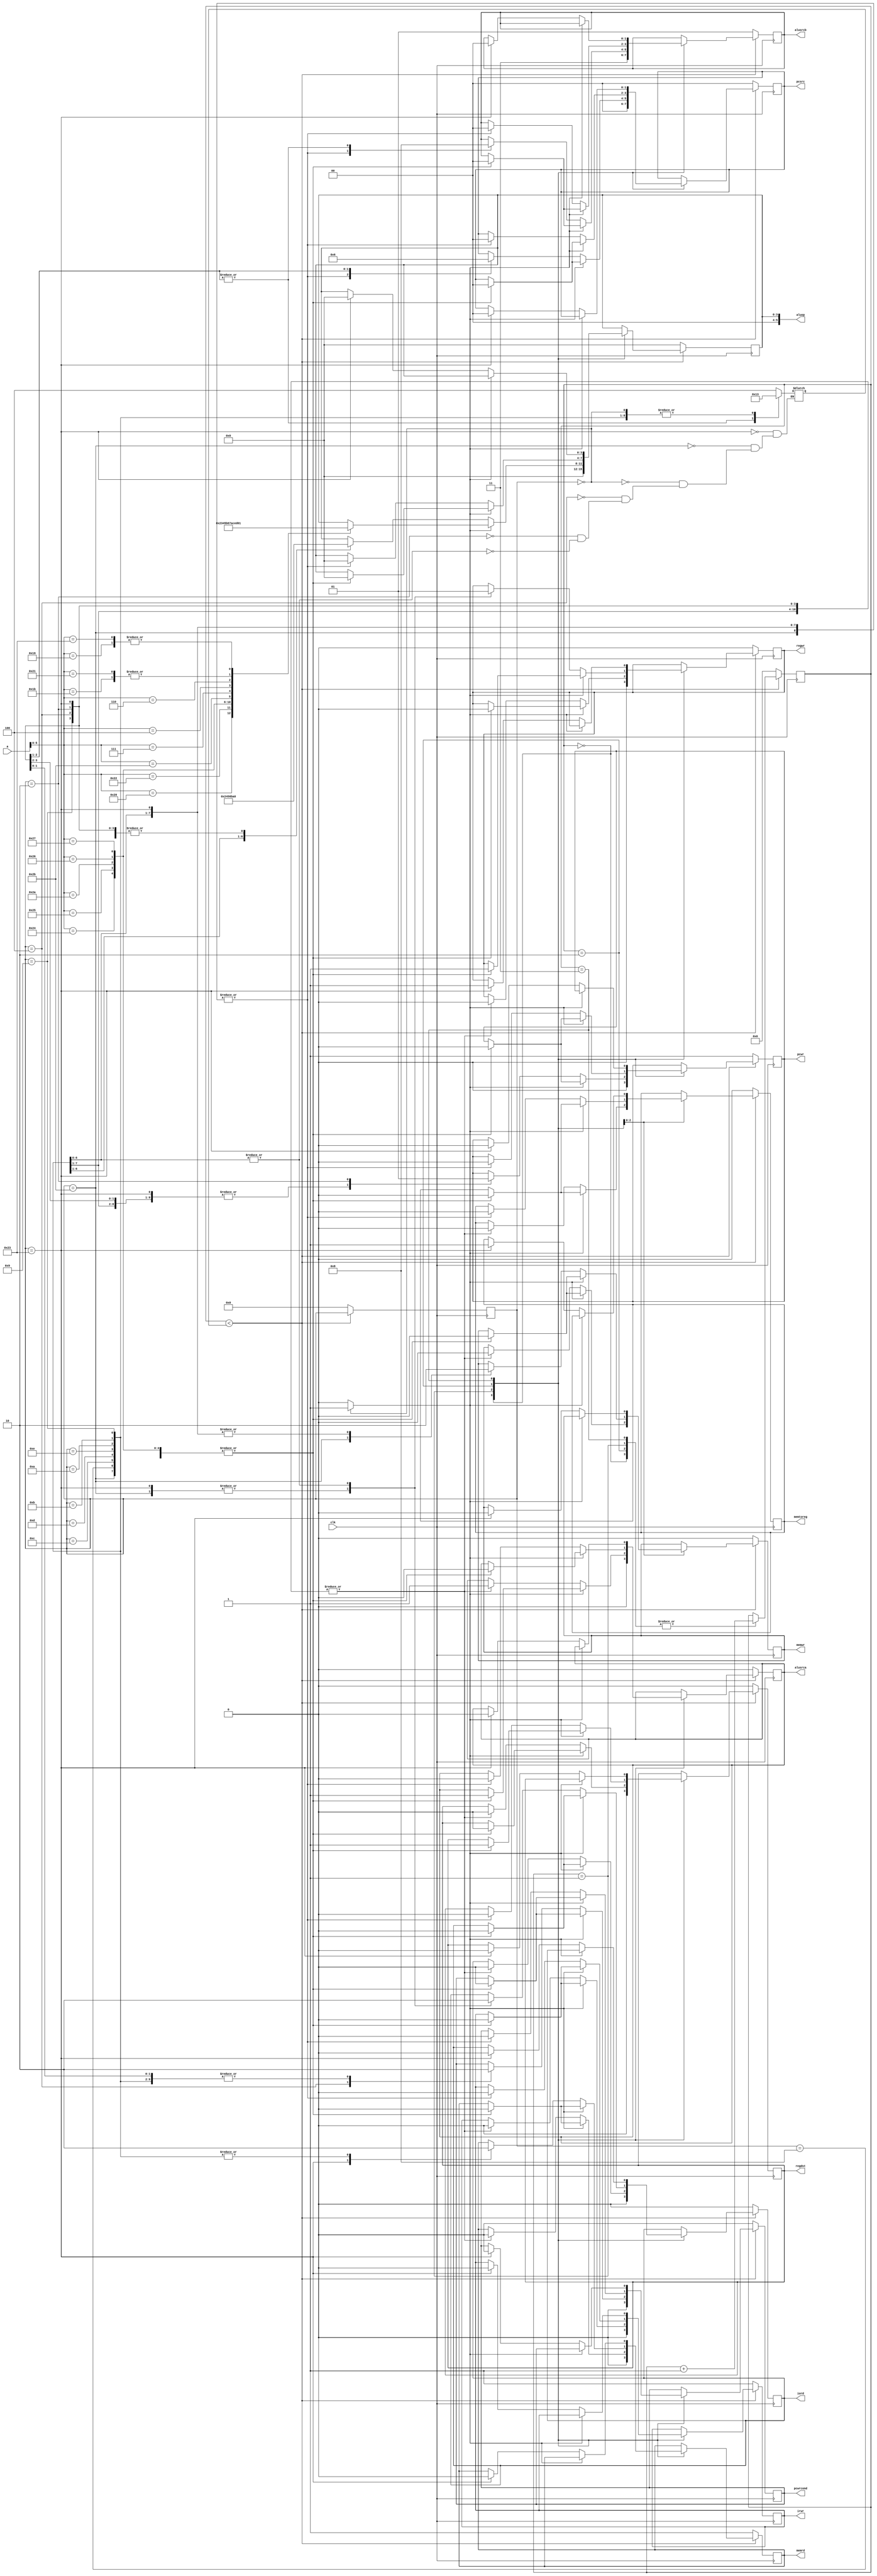
module clk_cu(input [31:0]a,input clk, output iord,output irwr,output pcwr,output pcwrcond,output regdst,output regwr,output alusrca,output[1:0]pcsrc,output [5:0]aluop,
              output [1:0]alusrcb,output memtoreg,output memrd,output memwr);

 parameter   //SPECIAL OP LIST   5-0
                ADDU    =   6'b100001,
                SUBU    =   6'b100011,
                ADD     =   6'b100000,
                SUB     =   6'b100010,
                AND     =   6'b100100,
                OR      =   6'b100101,
                XOR     =   6'b100110,
                NOR     =   6'b100111,
                SLT     =   6'b101010,
                SLTU    =   6'b101011,
                SRL     =   6'b000010,
                SRA     =   6'b000011,
                SLL     =   6'b000000,
                SLLV    =   6'b000100,
                SRLV    =   6'b000110,
                SRAV    =   6'b000111,
                JR      =   6'b001000,
                JALR    =   6'b001001,
                MULT    =    6'b011000,
                MULTU   =   6'b011001,
                DIV     =   6'b011010,
                DIVU    =   6'b011011,
                MFHI    =   6'b010000,
                MFLO    =   6'b010010,
                MTHI    =   6'b010001,
                MTLO    =   6'b010011,
                BREAK   =   6'b001101,
                SYSCALL =   6'b001100,
                TEQ     =   6'b110100,
                //SPECIAL 2 func
                CLZ        =   6'b100000,
                MUL        =   6'b000010,
                //REGIMM OP LIST 20-16
                BLTZ    =   5'b00000,
                BGEZ    =   5'b00001,
                //COP0 OP LIST 
                ERET    =   6'b011000,  //5-0&&25TH=1
                MFC0    =   5'b00000,   //20-16
                MTC0    =   5'b00100,
                //OPCODE FIELD  31-26
                ADDI    =   6'b001000,
                ADDIU   =   6'b001001,
                ANDI    =   6'b001100,
                ORI     =   6'b001101,
                XORI    =   6'b001110,
                LW      =   6'b100011,
                SW      =   6'b101011,
                BEQ     =   6'b000100,
                BNE     =   6'b000101,
                BLEZ    =   6'b000110,
                BGTZ    =   6'b000111,
                SLTI    =   6'b001010,
                SLTIU   =   6'b001011,
                LUI     =   6'b001111,
                J       =   6'b000010,
                JAL     =   6'b000011,
                LB      =   6'b100000,//    Load Byte Function=6'h24    
                LBU     =   6'b100100,//    1Load Byte Unsigned 
                LH      =   6'b100001,//    Load high 
                LHU     =   6'b100101,//    Load High Unsigned
                SB      =   6'b101000,//    Send Byte
                SH      =   6'b101001,//    Send High
                
                SPECIAL =   6'b000000,
                SPECIAL2=    6'b011100,
                REGIMM  =   6'b000001,
                COP0    =   6'b010000; 
   //alu 
    parameter   _ADDU   =   4'b0000;    //r=a+b unsigned
    parameter   _ADD    =   4'b0010;    //r=a+b signed
    parameter   _SUBU   =   4'b0001;    //r=a-b unsigned
    parameter   _SUB    =   4'b0011;    //r=a-b signed
    parameter   _AND    =   4'b0100;    //r=a&b
    parameter   _OR     =   4'b0101;    //r=a|b
    parameter   _XOR    =   4'b0110;    //r=a^b
    parameter   _NOR    =   4'b0111;    //r=~(a|b)
    
    parameter   _LUI    =   4'b1000;    //r={b[15:0],16'b0}
    parameter   _SLT    =   4'b1011;    //r=(a-b<0)?1:0 signed
    parameter   _SLTU   =   4'b1010;    //r=(a-b<0)?1:0 unsigned
    parameter   _SRA    =   4'b1100;    //r=b>>>a 
    parameter   _SLL    =   4'b1110;    //r=b<<a
    parameter   _SRL    =   4'b1101;    //r=b>>a
    parameter   _DIVU   = 6'b010000;
    parameter   _MULTU   = 6'b010001;   
    parameter    _SYSCALL=   4'b1000,
                _BREAK    =   4'b1001,
                _TEQ    =   4'b1101;

reg c1,c2,c3,c4,c5,c6,c7,c11,c12,c13;
reg[1:0]c8;
reg[1:0]c10;
reg[3:0]c9;
reg [5:0]code,codesuan;
reg [31:0]i;
reg [31:0]aimcircle;
reg suanshu;
initial
begin
c1=0;c3=1;c2=1;c7=0;c10=1;c9=_ADDU;c8=0; code=0;c12=1;c13=0;//1th
i=0;
aimcircle=3;
end

always@(posedge clk)
begin

if(i<aimcircle)
begin
 case(i)
  0:
   begin
   //code[5:0]=a[31:26];
   //codesuan[5:0]=a[5:0];
   i=i+1;
   c7=0;c10=3;c9=_ADDU; c1=0;c2=0;c3=0;c4=0;c5=0;c6=0;c8=0;c12=0;
   end
  1:
   begin
   i=i+1;
   if (suanshu==0)
    case(code)
    LW:begin c7=1;c10=2;c9=_ADDU; c1=0;c2=0;c3=0;c4=0;c5=0;c6=0;c8=0;c11=0;c12=0;c13=0;end
    SW:begin c7=1;c10=2;c9=_ADDU; c1=0;c2=0;c3=0;c4=0;c5=0;c6=0;c8=0;c11=0;c12=0;c13=0;end


    ADDI:begin c7=1;c10=2;c9=_ADD; c1=0;c2=0;c3=0;c4=0;c5=0;c6=0;c8=0;c11=0;c12=0;c13=0;end
    ANDI:begin c7=1;c10=2;c9=_AND; c1=0;c2=0;c3=0;c4=0;c5=0;c6=0;c8=0;c11=0;c12=0;c13=0;end
    ORI:begin c7=1;c10=2;c9=_OR; c1=0;c2=0;c3=0;c4=0;c5=0;c6=0;c8=0;c11=0;c12=0;c13=0;end
    XORI:begin c7=1;c10=2;c9=_XOR; c1=0;c2=0;c3=0;c4=0;c5=0;c6=0;c8=0;c11=0;c12=0;c13=0;end
    SLTI:begin c7=1;c10=2;c9=_SLT; c1=0;c2=0;c3=0;c4=0;c5=0;c6=0;c8=0;c11=0;c12=0;c13=0;end
    SLTIU:begin c7=1;c10=2;c9=_SLTU; c1=0;c2=0;c3=0;c4=0;c5=0;c6=0;c8=0;c11=0;c12=0;c13=0;end
    ADDIU:begin c7=1;c10=2;c9=_ADDU; c1=0;c2=0;c3=0;c4=0;c5=0;c6=0;c8=0;c11=0;c12=0;c13=0;end
    BEQ:begin c7=1;c10=0;c9=_ADDU; c1=0;c2=0;c3=0;c4=1;c5=0;c6=0;c8=1;c11=0;c12=0;c13=0;end
    J:begin c7=1;c10=0;c9=_ADDU; c1=0;c2=0;c3=1;c4=0;c5=0;c6=0;c8=2;c11=0;c12=0;c13=0;end
    endcase
   else
    case(codesuan)
    ADD:begin c7=1;c10=0;c9=_ADD; c1=0;c2=0;c3=0;c4=0;c5=0;c6=0;c8=0;c11=0;c12=0;c13=0;end
    SUB:begin c7=1;c10=0;c9=_SUB; c1=0;c2=0;c3=0;c4=0;c5=0;c6=0;c8=0;c11=0;c12=0;c13=0;end
    ADDU:begin c7=1;c10=0;c9=_ADDU; c1=0;c2=0;c3=0;c4=0;c5=0;c6=0;c8=0;c11=0;c12=0;c13=0;end
    AND:begin c7=1;c10=0;c9=_AND; c1=0;c2=0;c3=0;c4=0;c5=0;c6=0;c8=0;c11=0;c12=0;c13=0;end
    OR:begin c7=1;c10=0;c9=_OR; c1=0;c2=0;c3=0;c4=0;c5=0;c6=0;c8=0;c11=0;c12=0;c13=0;end
    SLT:begin c7=1;c10=0;c9=_SLT; c1=0;c2=0;c3=0;c4=0;c5=0;c6=0;c8=0;c11=0;c12=0;c13=0;end
    XOR:begin c7=1;c10=0;c9=_XOR; c1=0;c2=0;c3=0;c4=0;c5=0;c6=0;c8=0;c11=0;c12=0;c13=0;end
    NOR:begin c7=1;c10=0;c9=_NOR; c1=0;c2=0;c3=0;c4=0;c5=0;c6=0;c8=0;c11=0;c12=0;c13=0;end
    SLTU:begin c7=1;c10=0;c9=_SLTU; c1=0;c2=0;c3=0;c4=0;c5=0;c6=0;c8=0;c11=0;c12=0;c13=0;end
    SRAV:begin c7=1;c10=0;c9=_SRA; c1=0;c2=0;c3=0;c4=0;c5=0;c6=0;c8=0;c11=0;c12=0;c13=0;end
    SLLV:begin c7=1;c10=0;c9=_SLL; c1=0;c2=0;c3=0;c4=0;c5=0;c6=0;c8=0;c11=0;c12=0;c13=0;end
    SRLV:begin c7=1;c10=0;c9=_SRL; c1=0;c2=0;c3=0;c4=0;c5=0;c6=0;c8=0;c11=0;c12=0;c13=0;end
    DIVU:begin c7=1;c10=0;c9=_DIVU; c1=0;c2=0;c3=0;c4=0;c5=0;c6=0;c8=0;c11=0;c12=0;c13=0;end
    MULTU:begin c7=1;c10=0;c9=_MULTU; c1=0;c2=0;c3=0;c4=0;c5=0;c6=0;c8=0;c11=0;c12=0;c13=0;end
    SUBU:begin c7=1;c10=0;c9=_SUBU; c1=0;c2=0;c3=0;c4=0;c5=0;c6=0;c8=0;c11=0;c12=0;c13=0;end
    endcase
   end
  2:
    begin
    i=i+1;
    if(suanshu==0)
    case(code)
      LW:begin  c1=1;c2=0;c3=0;c4=0;c5=0;c6=0;c7=0;c8=0;c9=_ADDU;c10=0;c11=0;c12=1;c13=0;end
      SW:begin  c1=1;c2=0;c3=0;c4=0;c5=0;c6=0;c7=0;c8=0;c9=_ADDU;c10=0;c11=0;c12=0;c13=1;end
    ADDIU,SLTIU, SLTI,XORI, ORI,ANDI,ADDI:begin  c1=0;c2=0;c3=0;c4=0;c5=0;c6=1;c7=0;c8=0;c9=_ADDU;c10=0;c11=0;c12=0;c13=0;end
    endcase
    else
    case(codesuan)
    SUBU,MULTU,DIVU,SRLV,SLLV,SRAV,SLTU,NOR,XOR,SLT,OR,AND,ADDU,SUB,ADD:begin  c1=0;c2=0;c3=0;c4=0;c5=1;c6=1;c7=0;c8=0;c9=_ADDU;c10=0;c11=0;c12=0;c13=0;end
    endcase
    end
  3:
    begin
    i=i+1;
    if (suanshu==0)
    case(code)
    LW:begin  c1=0;c2=0;c3=0;c4=0;c5=0;c6=1;c7=0;c8=0;c9=_ADDU;c10=0;c11=1;c12=0;c13=0;end
    endcase
    end
   
   
 endcase
end
else
begin
c1=0;c2=0;c3=0;c4=0;c5=0;c6=0;c7=0;c8=0;c9=0;c10=0;c11=0;c12=0;c13=0;
c1=0;c3=1;c2=1;c7=0;c10=1;c9=_ADDU;c8=0; code=0;c12=1;c13=0;//1th
i=0;

end
end


always@(a)
begin
suanshu=0;
code[5:0]=a[31:26];
codesuan[5:0]=a[5:0];
   if (code==0)
    begin
    suanshu=1;
    end

   case (code)
   LW:aimcircle=4;
   SW:aimcircle=3;
   0:aimcircle=3;
   BEQ:aimcircle=2;
   J:aimcircle=2;
   ADDI,ANDI,ORI,XORI,SLTI,SLTIU,ADDIU:aimcircle=3;
   endcase
end
assign iord=c1;
assign irwr=c2;
assign pcwr=c3;
assign pcwrcond=c4;
assign regdst=c5;
assign regwr=c6;
assign alusrca=c7;
assign pcsrc=c8;
assign aluop=c9;
assign alusrcb=c10;
assign memtoreg=c11;
assign memrd=c12;
assign memwr=c13;
endmodule